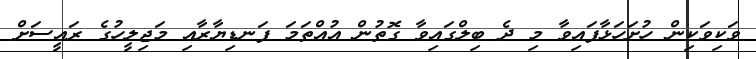
ވަކިވަކިން ހުށަހަޅާފައިވާ މި ދެ ބިލްގައިވާ ގޮތުން އުއްތަމަ ފަނޑިޔާރާއި މަޖިލީހުގެ ރައީސަށް